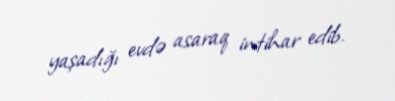
yaşadığı evdə asaraq intihar edib.